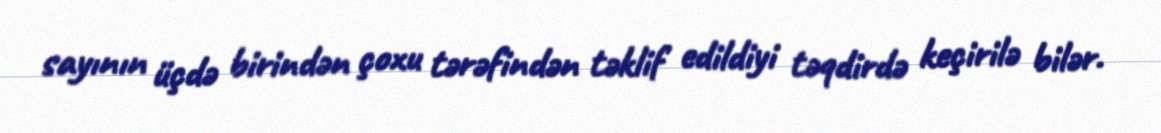
sayının üçdə birindən çoxu tərəfindən təklif edildiyi təqdirdə keçirilə bilər.